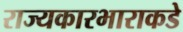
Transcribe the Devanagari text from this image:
राज्यकारभाराकडे